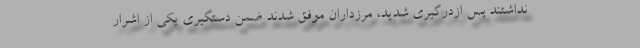
نداشتند پس ازدرگیری شدید، مرزداران موفق شدند ضمن دستگیری یکی از اشرار